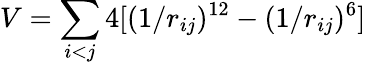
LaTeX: V=\sum_{i<j}4[(1/r_{ij})^{12}-(1/r_{ij})^{6}]